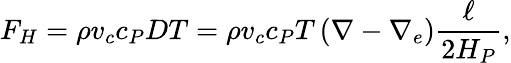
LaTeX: F_{H}=\rho v_{c}c_{P}DT=\rho v_{c}c_{P}T\left(\nabla-\nabla_{e}\right){\frac{\ell}{2H_{P}}},